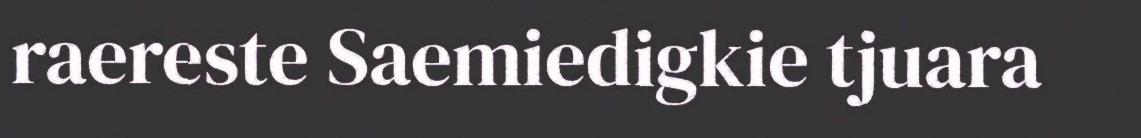
raereste Saemiedigkie tjuara